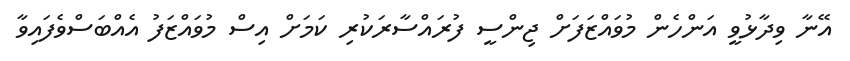
އޭނާ ވިދާޅުވީ އަންހެން މުވައްޒަފަށް ޖިންސީ ފުރައްސާރަކުރި ކަމަށް އިސް މުވައްޒަފު އެއްބަސްވެފައިވާ